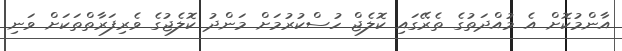
އާންމުކޮށް އެ މުއްދަތުގެ ތެރޭގައި ކޮލެޖް ހުސްކުރުމަށް މަންދު ކޮލެޖުގެ ވެރިފަރާތްތަކަށް ވަނި